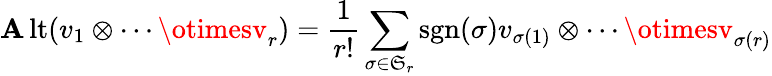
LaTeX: \operatorname{\mathbf{A}lt}(v_{1}\otimes\cdots\otimesv_{r})={\frac{{1}}{{r!}}}\sum_{\sigma\in{\mathfrak{{S}}}_{r}}\operatorname{sgn}(\sigma)v_{\sigma(1)}\otimes\cdots\otimesv_{\sigma(r)}